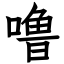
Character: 噜